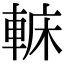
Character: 𨌟